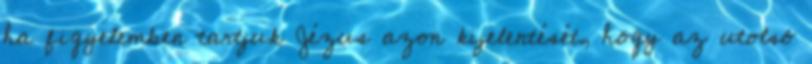
ha figyelemben tartjuk Jézus azon kijelentését, hogy az utolsó